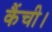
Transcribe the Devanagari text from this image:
कैंची।